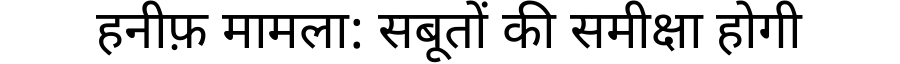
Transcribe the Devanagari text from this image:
हनीफ़ मामला: सबूतों की समीक्षा होगी